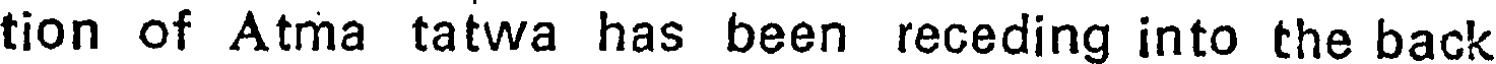
tion of Atma tatwa has been receding into the back